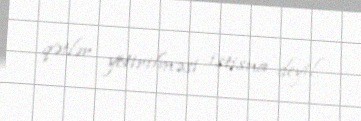
qətlər yetirilməsi istisna deyil.